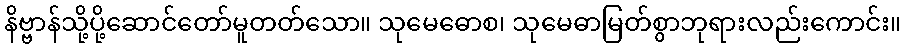
နိဗ္ဗာန်သို့ပို့ဆောင်တော်မူတတ်သော။ သုမေဓောစ၊ သုမေဓာမြတ်စွာဘုရားလည်းကောင်း။